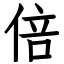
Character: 倍